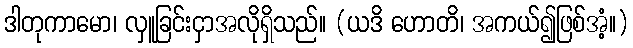
ဒါတုကာမော၊ လှူခြင်းငှာအလိုရှိသည်။ (ယဒိ ဟောတိ၊ အကယ်၍ဖြစ်အံ့။)